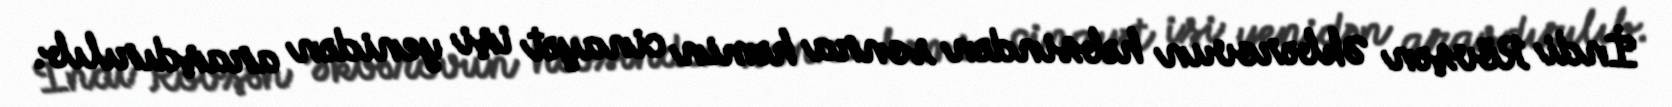
İndi Rövşən Əkbərovun həbsindən sonra həmin cinayət işi yenidən araşdırılıb.